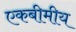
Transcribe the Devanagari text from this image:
एकबीमीय